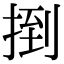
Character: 捯